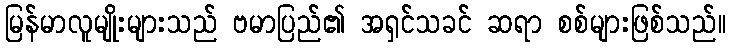
မြန်မာလူမျိုးများသည် ဗမာပြည်၏ အရှင်သခင် ဆရာ စစ်များဖြစ်သည်။